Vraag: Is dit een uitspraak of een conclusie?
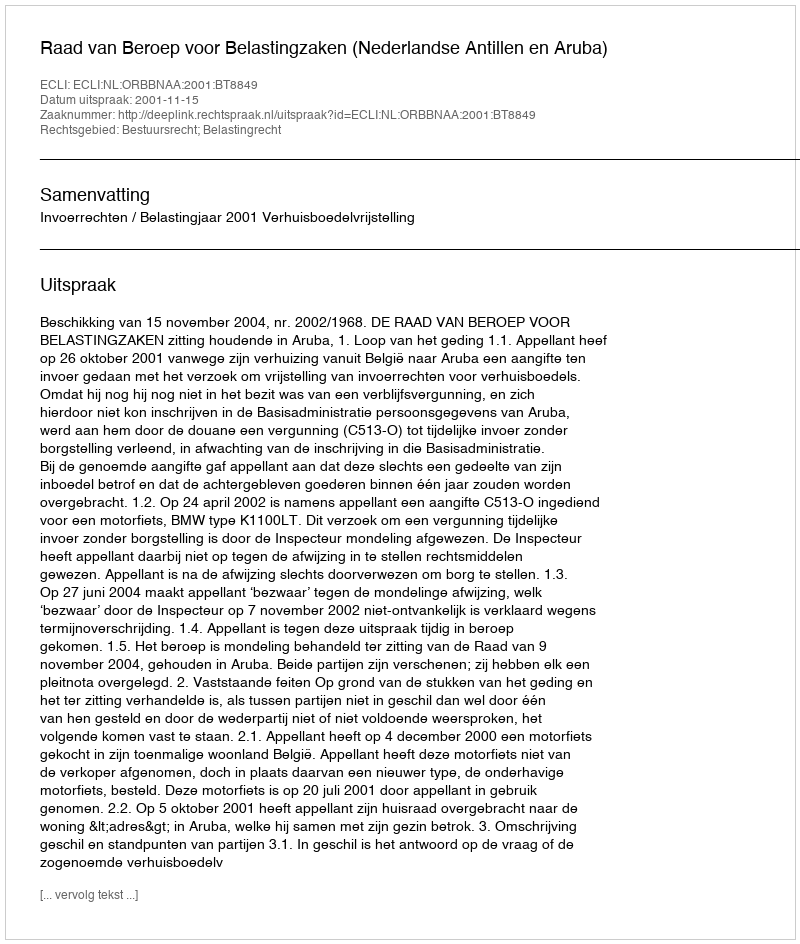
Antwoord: Uitspraak